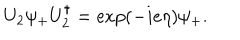
U _ { 2 } \psi _ { + } U _ { 2 } ^ { \dagger } = \exp ( - i e \eta ) \psi _ { + } .